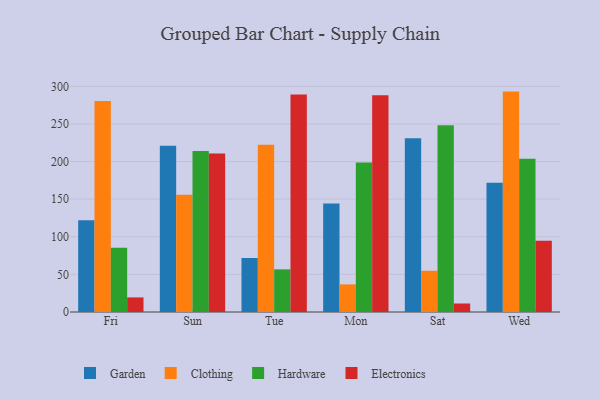
{"axis": {"x": "Day", "y": "Gross Profit (USD K)"}, "legend": ["Clothing", "Electronics", "Garden", "Hardware"], "data": [{"x": "Fri", "y": 122.0, "type": "Garden"}, {"x": "Fri", "y": 280.6, "type": "Clothing"}, {"x": "Fri", "y": 85.4, "type": "Hardware"}, {"x": "Fri", "y": 19.4, "type": "Electronics"}, {"x": "Sun", "y": 221.1, "type": "Garden"}, {"x": "Sun", "y": 156.0, "type": "Clothing"}, {"x": "Sun", "y": 214.0, "type": "Hardware"}, {"x": "Sun", "y": 210.6, "type": "Electronics"}, {"x": "Tue", "y": 71.8, "type": "Garden"}, {"x": "Tue", "y": 222.2, "type": "Clothing"}, {"x": "Tue", "y": 56.7, "type": "Hardware"}, {"x": "Tue", "y": 289.0, "type": "Electronics"}, {"x": "Mon", "y": 144.3, "type": "Garden"}, {"x": "Mon", "y": 36.7, "type": "Clothing"}, {"x": "Mon", "y": 198.9, "type": "Hardware"}, {"x": "Mon", "y": 288.1, "type": "Electronics"}, {"x": "Sat", "y": 231.0, "type": "Garden"}, {"x": "Sat", "y": 54.8, "type": "Clothing"}, {"x": "Sat", "y": 248.3, "type": "Hardware"}, {"x": "Sat", "y": 11.3, "type": "Electronics"}, {"x": "Wed", "y": 171.8, "type": "Garden"}, {"x": "Wed", "y": 293.0, "type": "Clothing"}, {"x": "Wed", "y": 203.7, "type": "Hardware"}, {"x": "Wed", "y": 94.8, "type": "Electronics"}]}